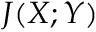
J ( X ; Y )